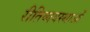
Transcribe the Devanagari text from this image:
रीतिव्यवस्थाओं